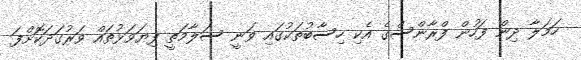
ހަމަލާ ދިން ފަހުން ފްރާންސްގެ އެކި ހިސާބުތަކުގައި ވަނީ ސަލާމަތީ ފިޔަވަޅުތައް ވަރުގަދަކޮށްފަ